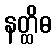
နတ္ထိဓ